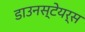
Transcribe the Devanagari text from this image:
डाउनस्टेयर्स